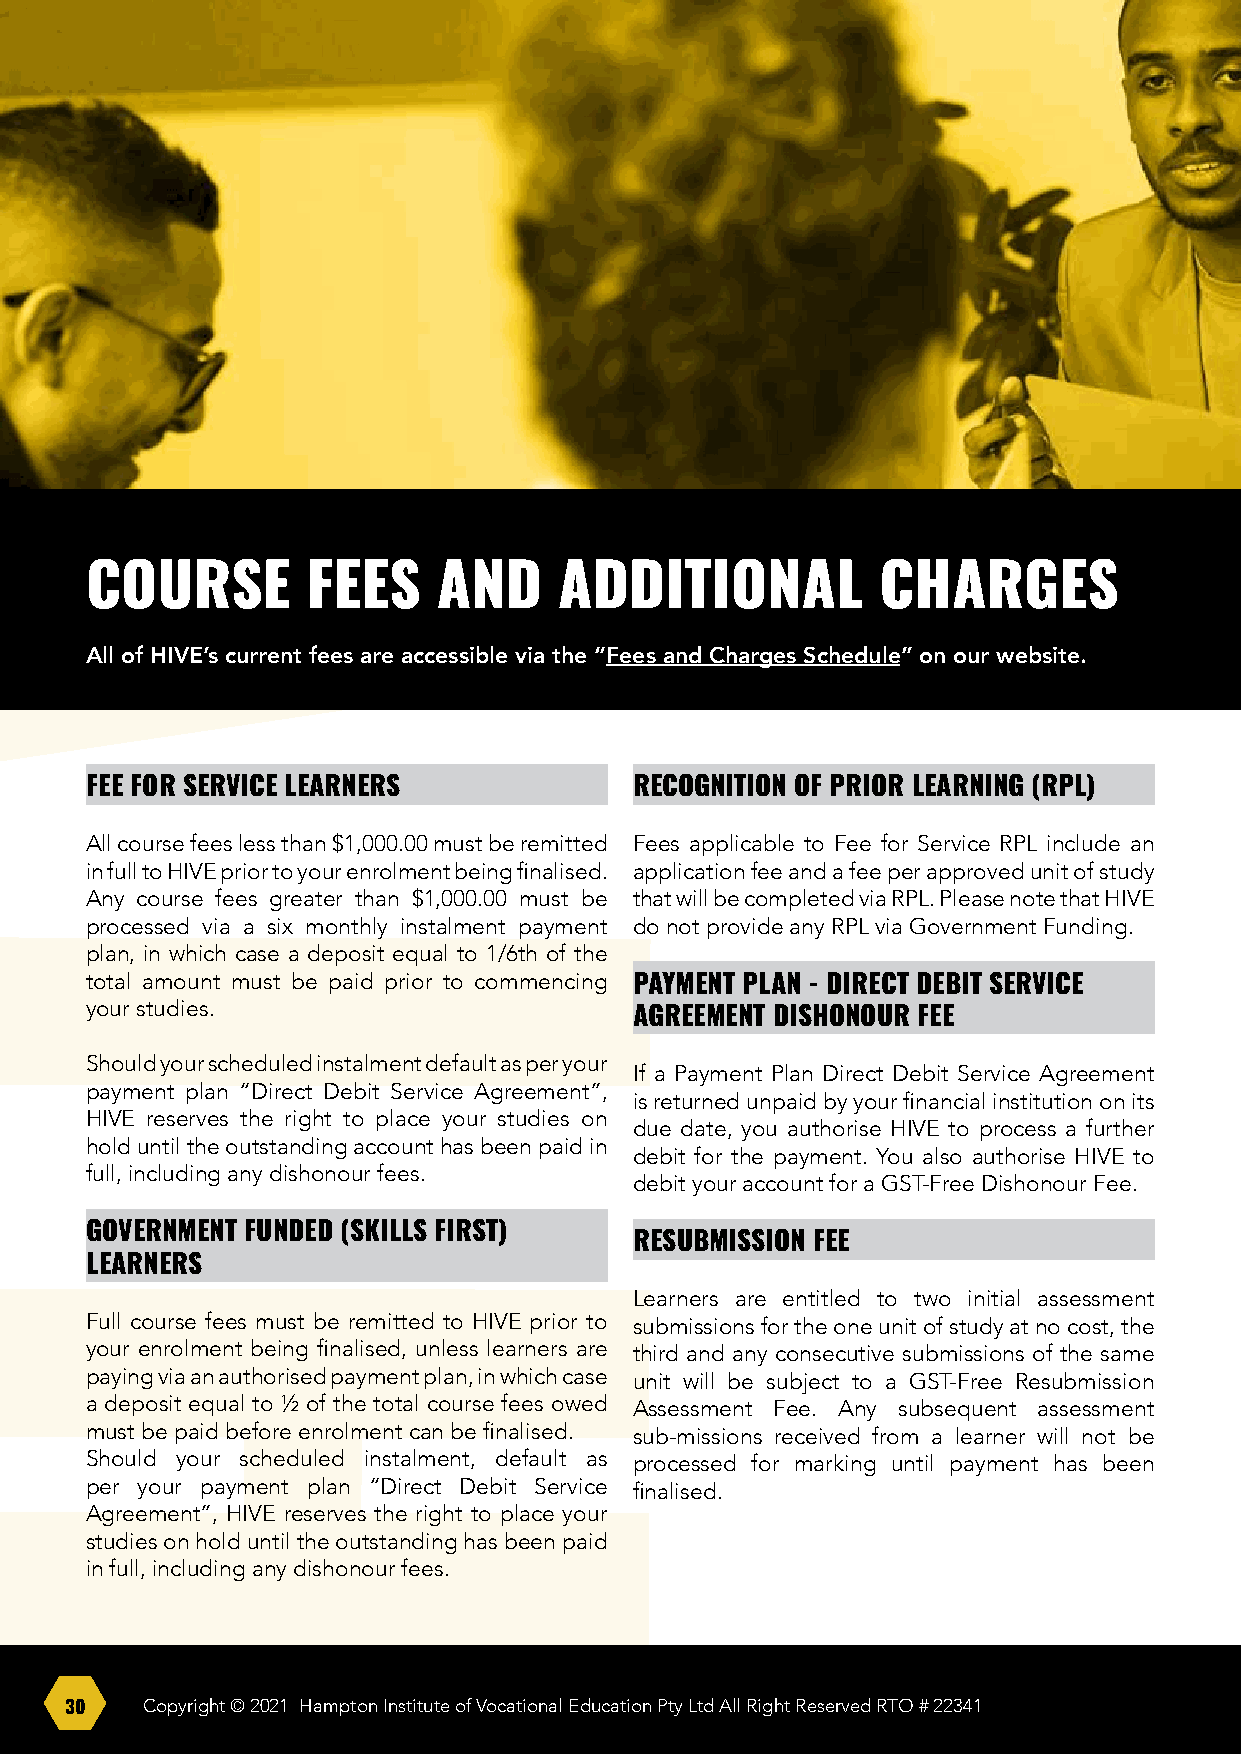
COURSE        FEES     AND     ADDITIONAL           CHARGES
 All of HIVE’s current fees are accessible via the “Fees and Charges Schedule” on our website.
 FEE FOR SERVICE LEARNERS            RECOGNITION OF PRIOR LEARNING (RPL)
 All course fees less than $1,000.00 must be remitted Fees applicable to Fee for Service RPL include an
 in full to HIVE prior to your enrolment being finalised. application fee and a fee per approved unit of study
 Any course fees greater than $1,000.00 must be that will be completed via RPL. Please note that HIVE
 processed via a six monthly instalment payment do not provide any RPL via Government Funding.
 plan, in which case a deposit equal to 1/6th of the
 total amount must be paid prior to commencing PAYMENT PLAN - DIRECT DEBIT SERVICE
 your studies.
 AGREEMENT DISHONOUR FEE
 Should your scheduled instalment default as per your
 If a Payment Plan Direct Debit Service Agreement
 payment plan “Direct Debit Service Agreement”,
 is returned unpaid by your financial institution on its
 HIVE reserves the right to place your studies on
 due date, you authorise HIVE to process a further
 hold until the outstanding account has been paid in
 debit for the payment. You also authorise HIVE to
 full, including any dishonour fees.
 debit your account for a GST-Free Dishonour Fee.
 GOVERNMENT FUNDED (SKILLS FIRST)
 RESUBMISSION FEE
 LEARNERS
 Learners are entitled to two initial assessment
 Full course fees must be remitted to HIVE prior to submissions for the one unit of study at no cost, the
 your enrolment being finalised, unless learners are third and any consecutive submissions of the same
 paying via an authorised payment plan, in which case unit will be subject to a GST-Free Resubmission
 a deposit equal to ½ of the total course fees owed Assessment Fee. Any subsequent assessment
 must be paid before enrolment can be finalised. sub-missions received from a learner will not be
 Should your scheduled instalment, default as processed for marking until payment has been
 per your payment plan “Direct Debit Service finalised.
 Agreement”, HIVE reserves the right to place your
 studies on hold until the outstanding has been paid
 in full, including any dishonour fees.
 30   Copyright © 2021 Hampton Institute of Vocational Education Pty Ltd All Right Reserved RTO # 22341